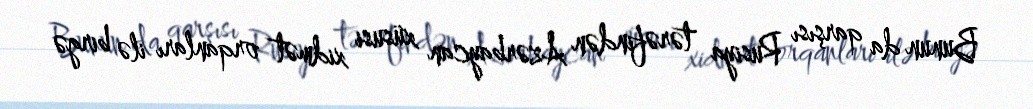
Bunun da qarşısı Rusiya tərəfindən Azərbaycan xüsusi xidmət orqanları ilə birgə